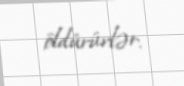
öldürürlər.